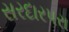
સરદારપરા